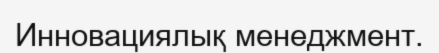
Инновациялық менеджмент.